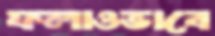
ফলাওভাবে